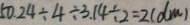
5 0 . 2 4 \div 3 . 1 4 \div 2 = 2 ( d m )